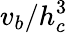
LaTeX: v_{b}/h_{c}^{3}